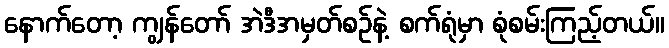
နောက်တော့ ကျွန်တော် အဲဒီအမှတ်စဉ်နဲ့ စက်ရုံမှာ စုံစမ်းကြည့်တယ်။